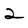
Character: 2